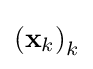
\left(\mathbf {x} _{k}\right)_{k}